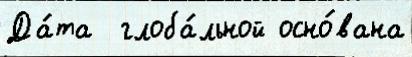
Да́та  глоба́льной осно́вана